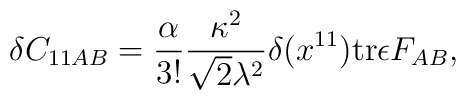
\delta C_{11 AB} = {\alpha \over 3!} {\kappa^2 \over \sqrt{2} \lambda^2} \delta (x^{11}) {\rm tr} \epsilon F_{AB},